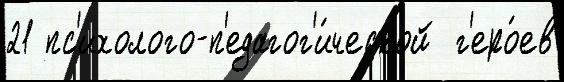
21 пс'ихолого-п'едагог'и́ческой  г'еро́ев